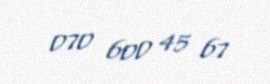
070 600 45 67